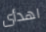
اهدأى